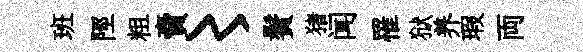
班陘粗𧶠〻鬢猪闻罹狱养瑕両